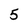
Character: 5